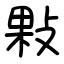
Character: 敤